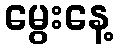
မွေးနေ့